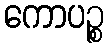
ကောပဉ္စ